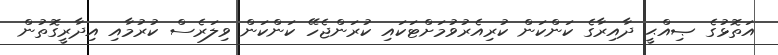
އަތޮޅުގެ ޞިއްޙީ ދާއިރާގެ ކަންކަން ކުރިއެރުވުމަށްޓަކައި ކުރަންޖެހޭ ކަންކަން ވިލަރެސް ކުރުމާއި އިދާރީގޮތުން